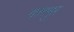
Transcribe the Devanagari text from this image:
गांगपुर